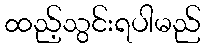
ထည့်သွင်းရပါမည်